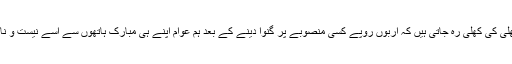
مگر آنکھیں کھلی کی کھلی رہ جاتی ہیں کہ اربوں روپے کسی منصوبے پر گنوا دینے کے بعد ہم عوام اپنے ہی مبارک ہاتھوں سے اسے نیست و نابود کرتے ہیں۔